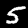
Digit: 5